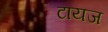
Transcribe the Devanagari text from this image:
टायज